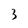
Character: 3